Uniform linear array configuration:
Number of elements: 4
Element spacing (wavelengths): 0.5
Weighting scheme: exponential
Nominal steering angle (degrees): -30
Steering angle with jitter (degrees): -28.621
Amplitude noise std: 0.05
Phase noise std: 0.05

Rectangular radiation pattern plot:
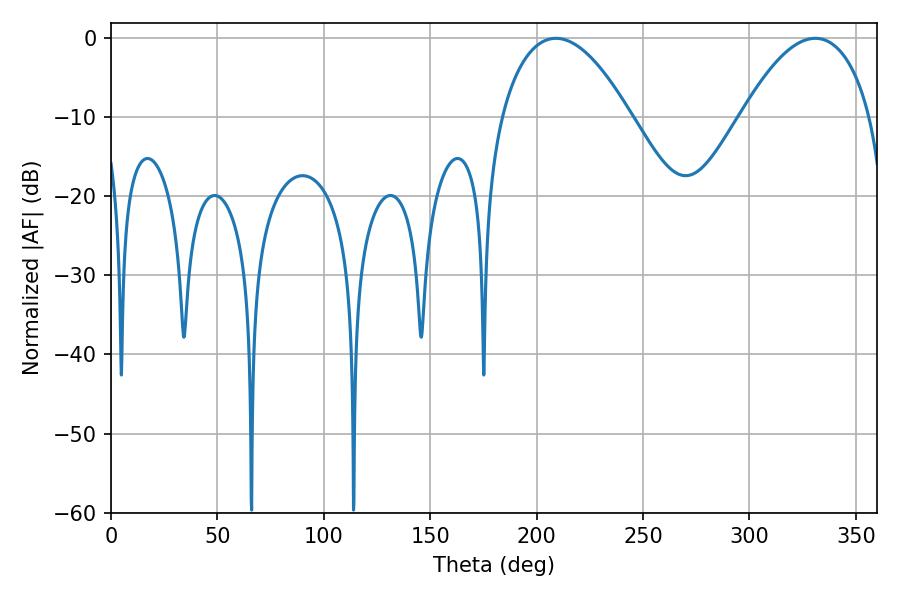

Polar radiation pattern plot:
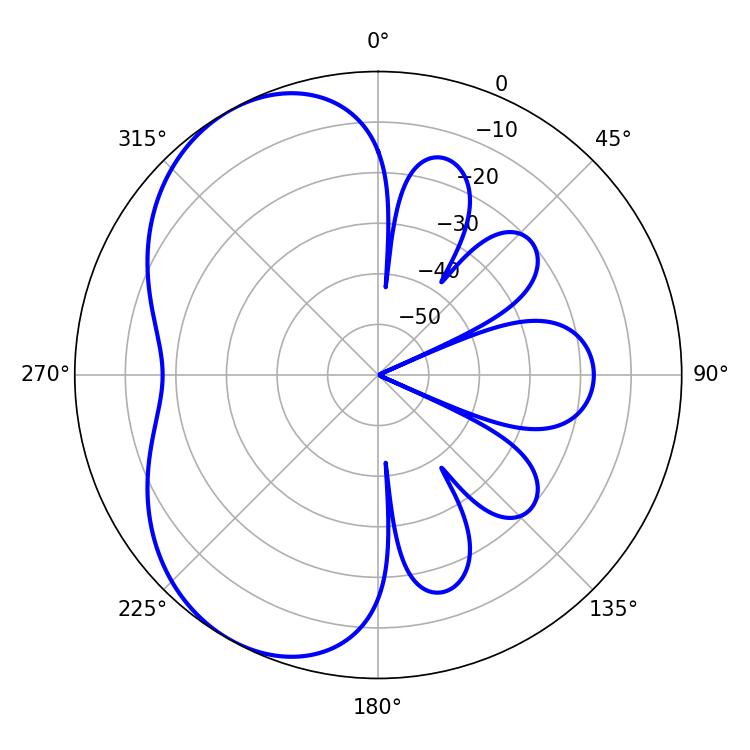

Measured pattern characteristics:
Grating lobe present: FALSE
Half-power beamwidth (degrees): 33.84
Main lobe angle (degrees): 208.98